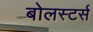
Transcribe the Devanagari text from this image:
बोलस्टर्स